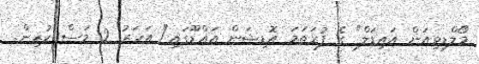
މޯލްޑިވިއަން އައިިޑަލް" ގެ ފުރަތަމަ އޮޑިޝަން އައްޑޫގައި"1 އަހަރު 2 މަސް ކުރިން.